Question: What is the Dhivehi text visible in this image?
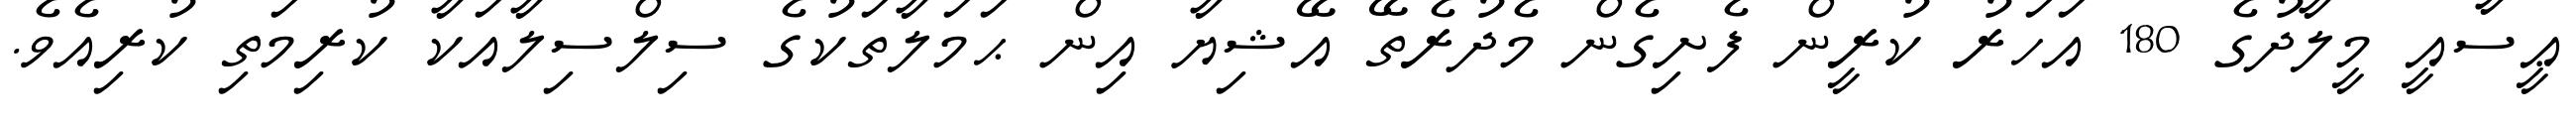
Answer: ޢީސާއީ މީލާދުގެ 180 އަހަރު ކުރީން ފެށިގެން މެދުރެތޭ އޭޝިޔާ އިން ޙަމަލާތަކުގެ ސިލްސިލާއަކާ ކުރިމަތި ކުރިއެވެ.